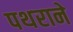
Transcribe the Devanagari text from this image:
पथराने